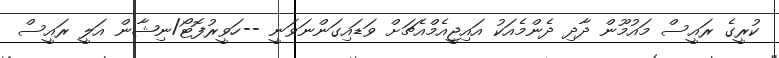
ކުރީގެ ރައީސް މައުމޫން ދާދި ދެންމެއަކު އައިޖީއެމްއެޗަށް ވަޑައިގަންނަވަނީ --ހަވީރުފޮޓޯ/ނިޝާން އަލީ ރައީސް